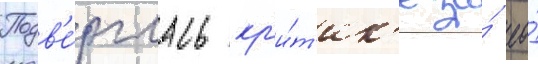
Подв'е́рглась кр'и́т'ик'е за́ ео́